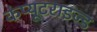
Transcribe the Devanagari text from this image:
कंप्यूटराइज्ड